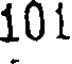
101